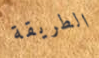
الطريقة